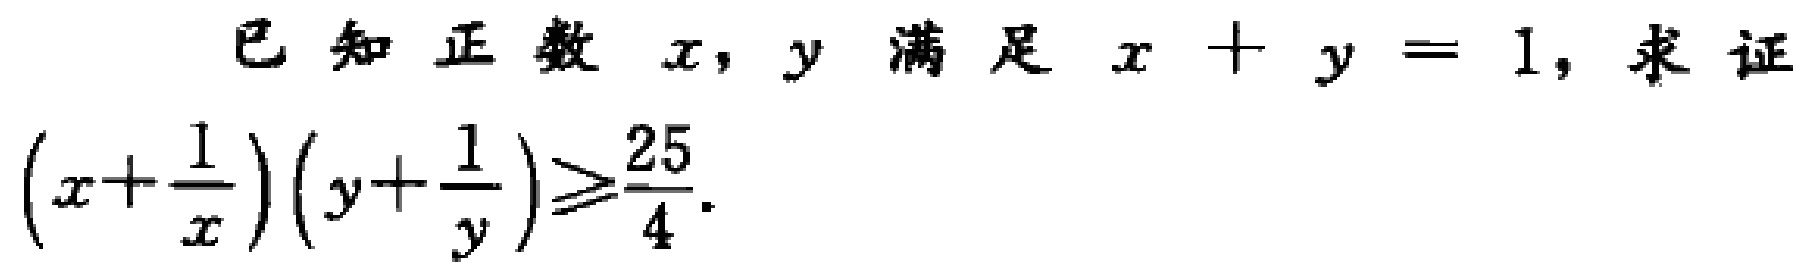
已知正数 \(x,y\) 满足 \(x + y = 1\)，求证\((x+\frac{1}{x})(y+\frac{1}{y})\geq\frac{25}{4}\)。